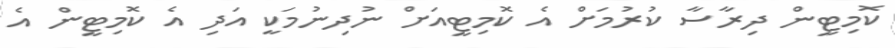
ކޮމިޓީން ދިރާސާ ކުރުމަށް އެ ކޮމިޓީއަށް ނުދިނުމަކީ އަދި އެ ކޮމިޓީން އެ